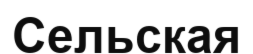
Сельская